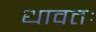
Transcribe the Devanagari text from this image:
धावतः